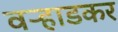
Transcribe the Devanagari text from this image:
वऱ्हाडकर